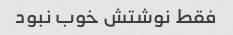
فقط نوشتش خوب نبود